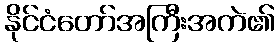
နိုင်ငံတော်အကြီးအကဲ၏